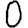
Digit: 0